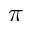
\pi